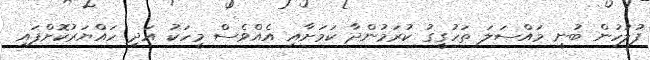
ފުލުހުން ބުނީ މައްސަލަ ތަހުގީގު ކުރަމުންދާ ކަމަށާއި އެއްވެސް މީހަކު އަދި ހައްޔަރުކޮށްފައި